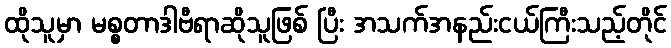
ထိုသူမှာ မစ္စတာဒါဗီရာဆိုသူဖြစ် ပြီး အသက်အနည်းငယ်ကြီးသည့်တိုင်